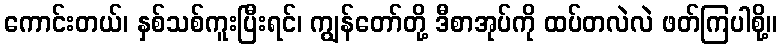
ကောင်းတယ်၊ နှစ်သစ်ကူးပြီးရင်၊ ကျွန်တော်တို့ ဒီစာအုပ်ကို ထပ်တလဲလဲ ဖတ်ကြပါစို့။